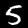
Digit: 5